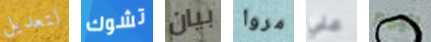
لتعديل تشوك بيان مروا علي اليوم